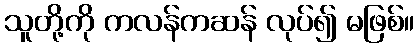
သူတို့ကို ကလန်ကဆန် လုပ်၍ မဖြစ်။